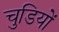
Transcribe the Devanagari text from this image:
चुडियों